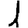
Digit: 1